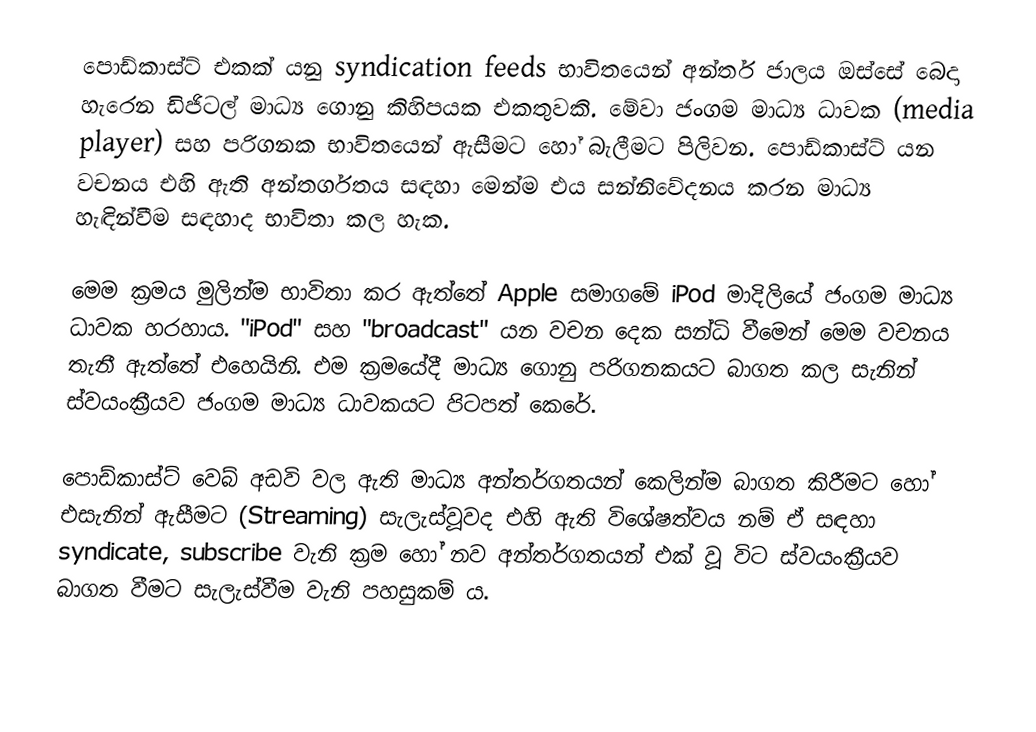
පොඩ්කාස්ට් එකක් යනු syndication feeds භාවිතයෙන් අන්තර් ජාලය ඔස්සේ බෙදා හැරෙන ඩිජිටල් මාධ්‍ය ගොනු කිහිපයක එකතුවකි. මේවා ජංගම මාධ්‍ය ධාවක (media player) සහ පරිගනක භාවිතයෙන් ඇසීමට හෝ බැලීමට පිලිවන. පොඩ්කාස්ට් යන වචනය එහි ඇති අන්තර්ගතය සඳහා මෙන්ම එය සන්නිවේදනය කරන මාධ්‍ය හැඳින්වීම සඳහාද භාවිතා කල හැක.

මෙම ක්‍රමය මුලින්ම භාවිතා කර ඇත්තේ Apple සමාගමේ iPod මාදිලියේ ජංගම මාධ්‍ය ධාවක හරහාය. "iPod" සහ "broadcast" යන වචන දෙක සන්ධි වීමෙන් මෙම වචනය තැනී ඇත්තේ එහෙයිනි. එම ක්‍රමයේදී මාධ්‍ය ගොනු පරිගනකයට බාගත කල සැනින් ස්වයංක්‍රීයව ජංගම මාධ්‍ය ධාවකයට පිටපත් කෙරේ.

පොඩ්කාස්ට් වෙබ් අඩවි වල ඇති මාධ්‍ය අන්තර්ගතයන් කෙලින්ම බාගත කිරීමට හෝ එසැනින් ඇසීමට (Streaming) සැලැස්වූවද එහි ඇති විශේෂත්වය නම් ඒ සඳහා syndicate, subscribe වැනි ක්‍රම හෝ නව අන්තර්ගතයන් එක් වූ විට ස්වයංක්‍රීයව බාගත වීමට සැලැස්වීම වැනි පහසුකම් ය.